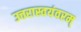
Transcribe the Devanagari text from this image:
उत्तरास्वयंवरम्